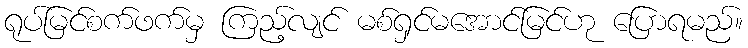
ရုပ်မြင်စက်ဖက်မှ ကြည့်လျင် မစ်ရှင်မအောင်မြင်ဟု ပြောရမည်။